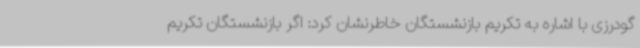
گودرزی با اشاره به تکریم بازنشستگان خاطرنشان کرد: اگر بازنشستگان تکریم